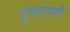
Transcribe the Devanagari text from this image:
पुसतसे